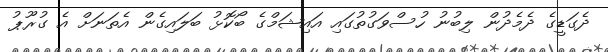
ދެގަޑީގެ ދެމެދުން ލިބުނު ހުސްވަގުތުގައި އައިޝަމްގެ ބޯކޮޅު ބަލައިގެން އެތަނަށް އެ ގުރޫޕު